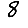
Digit: 8